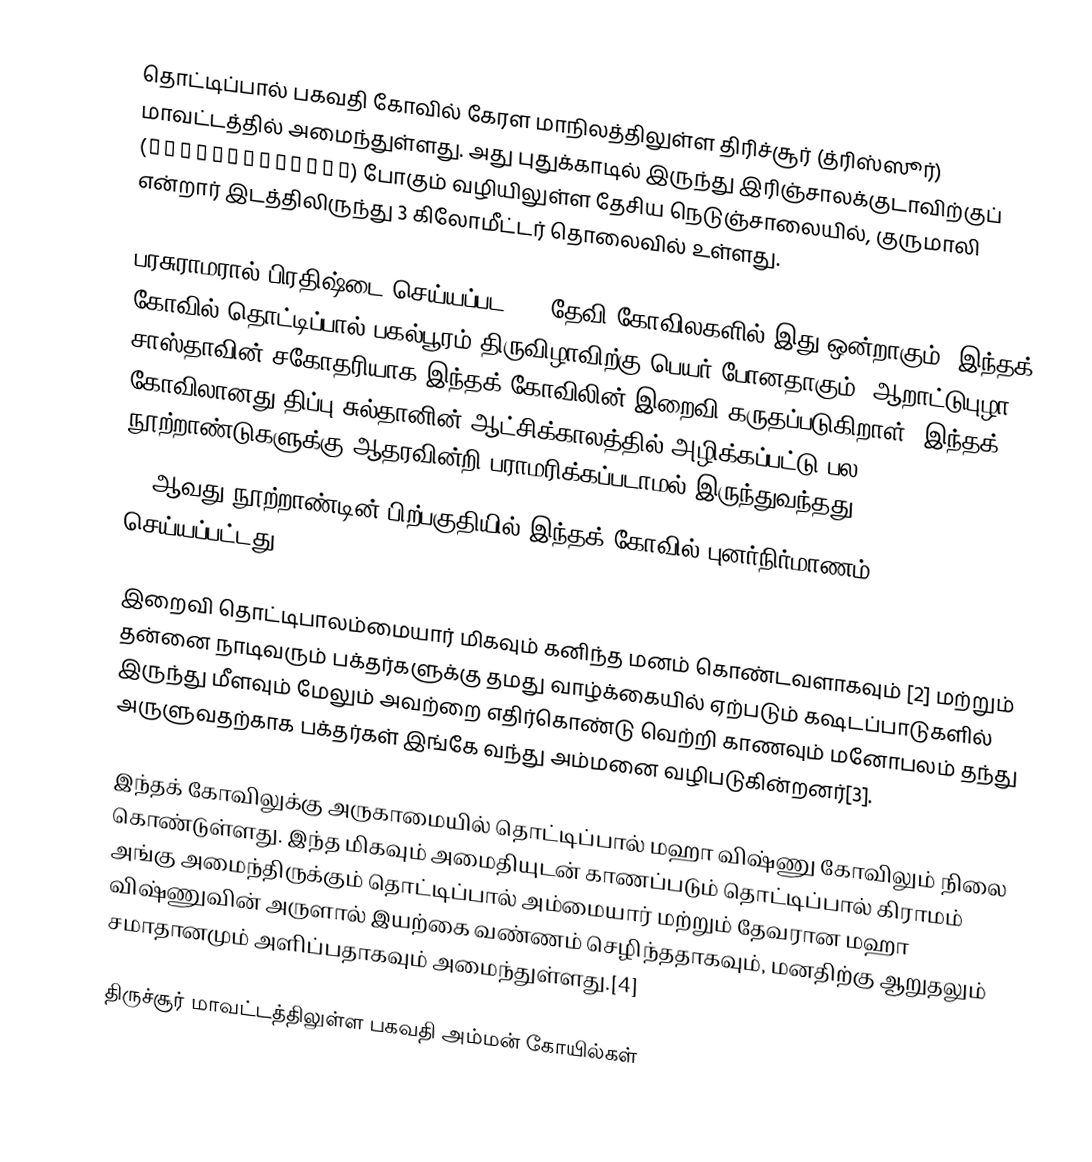
தொட்டிப்பால் பகவதி கோவில் கேரள மாநிலத்திலுள்ள திரிச்சூர் (த்ரிஸ்ஸூர்) மாவட்டத்தில் அமைந்துள்ளது. அது புதுக்காடில் இருந்து இரிஞ்சாலக்குடாவிற்குப் (ഇരിഞ്ഞാലക്കുട) போகும் வழியிலுள்ள தேசிய நெடுஞ்சாலையில், குருமாலி என்றார் இடத்திலிருந்து 3 கிலோமீட்டர் தொலைவில் உள்ளது.

பரசுராமரால் பிரதிஷ்டை செய்யப்பட 108 தேவி கோவிலகளில் இது ஒன்றாகும். இந்தக் கோவில் தொட்டிப்பால் பகல்பூரம் திருவிழாவிற்கு பெயர் போனதாகும்.  ஆறாட்டுபுழா சாஸ்தாவின் சகோதரியாக இந்தக் கோவிலின் இறைவி கருதப்படுகிறாள். இந்தக் கோவிலானது திப்பு சுல்தானின் ஆட்சிக்காலத்தில் அழிக்கப்பட்டு பல நூற்றாண்டுகளுக்கு ஆதரவின்றி பராமரிக்கப்படாமல் இருந்துவந்தது.
19 ஆவது நூற்றாண்டின் பிற்பகுதியில் இந்தக் கோவில் புனர்நிர்மாணம் செய்யப்பட்டது.

இறைவி தொட்டிபாலம்மையார் மிகவும் கனிந்த மனம் கொண்டவளாகவும் [2] மற்றும் தன்னை நாடிவரும் பக்தர்களுக்கு தமது வாழ்க்கையில் ஏற்படும் கஷடப்பாடுகளில் இருந்து மீளவும் மேலும் அவற்றை எதிர்கொண்டு வெற்றி காணவும் மனோபலம் தந்து அருளுவதற்காக பக்தர்கள் இங்கே வந்து அம்மனை வழிபடுகின்றனர்[3].

இந்தக் கோவிலுக்கு அருகாமையில் தொட்டிப்பால் மஹா விஷ்ணு கோவிலும் நிலை கொண்டுள்ளது. இந்த மிகவும் அமைதியுடன் காணப்படும் தொட்டிப்பால் கிராமம் அங்கு அமைந்திருக்கும் தொட்டிப்பால் அம்மையார் மற்றும் தேவரான மஹா விஷ்ணுவின் அருளால் இயற்கை வண்ணம் செழிந்ததாகவும், மனதிற்கு ஆறுதலும் சமாதானமும் அளிப்பதாகவும் அமைந்துள்ளது.[4]

திருச்சூர் மாவட்டத்திலுள்ள பகவதி அம்மன் கோயில்கள்